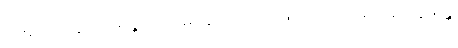
ခေးမကို။ နေဝကိဏန္တိ၊ မိမိသိမ်းယူသောအားဖြင့်မဝယ် ကုန်။ နေဝိက္ကိဏန္တိ၊